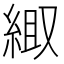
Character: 𫃦